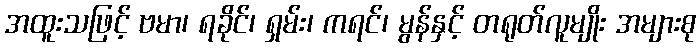
အထူးသဖြင့် ဗမာ၊ ရခိုင်၊ ရှမ်း၊ ကရင်၊ မွန်နှင့် တရုတ်လူမျိုး အများစု